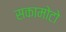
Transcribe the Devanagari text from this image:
सकामोटो